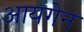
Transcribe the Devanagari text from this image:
आयगेन